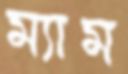
ম্যাম